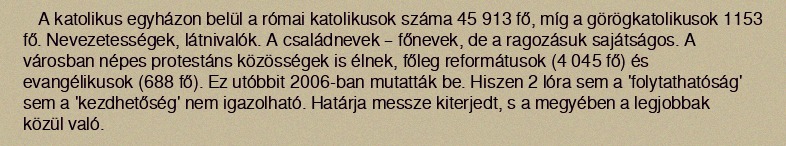
A katolikus egyházon belül a római katolikusok száma 45 913 fő, míg a görögkatolikusok 1153 fő. Nevezetességek, látnivalók. A családnevek – főnevek, de a ragozásuk sajátságos. A városban népes protestáns közösségek is élnek, főleg reformátusok (4 045 fő) és evangélikusok (688 fő). Ez utóbbit 2006-ban mutatták be. Hiszen 2 lóra sem a 'folytathatóság' sem a 'kezdhetőség' nem igazolható. Határja messze kiterjedt, s a megyében a legjobbak közül való.